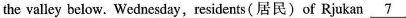
the valley below. Wednesday,residents (居民)of Rjukan \underline{7}